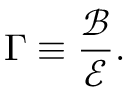
\Gamma \equiv \frac { \mathcal { B } } { \mathcal { E } } .